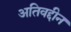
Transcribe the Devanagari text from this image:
अतिवद्दीन